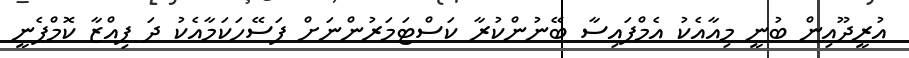
އުރީދޫއިން ބުނީ މިއާއެކު އެމްފައިސާ ބޭނުންކުރާ ކަސްޓަމަރުންނަށް ފަސޭހަކަމާއެކު ދަ ޕިއްޒާ ކޮމްޕެނީ